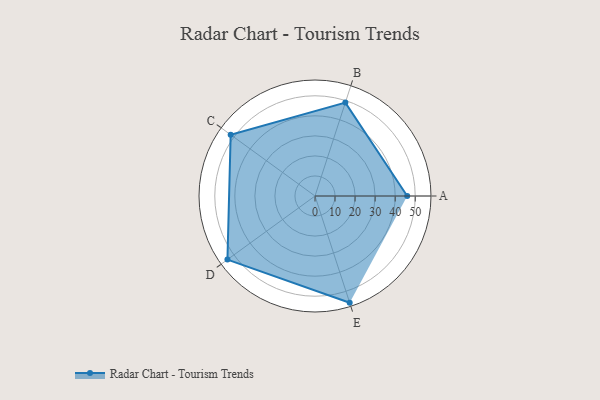
{"axis": {"x": "Skill", "y": "Score"}, "legend": ["Profile"], "data": [{"x": "A", "y": 46.0, "type": "Profile"}, {"x": "B", "y": 49.0, "type": "Profile"}, {"x": "C", "y": 52.0, "type": "Profile"}, {"x": "D", "y": 54.0, "type": "Profile"}, {"x": "E", "y": 56.0, "type": "Profile"}]}